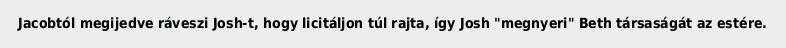
Jacobtól megijedve ráveszi Josh-t, hogy licitáljon túl rajta, így Josh "megnyeri" Beth társaságát az estére.